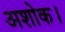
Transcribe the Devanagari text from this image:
अशोक।